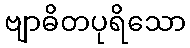
ဗျာဓိတပုရိသော